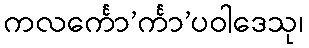
ကလင်္ကော’င်္ကာ’ပဝါဒေသု၊